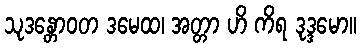
သုဒန္တောဝတ ဒမေထ၊ အတ္တာ ဟိ ကိရ ဒုဒ္ဒမော။